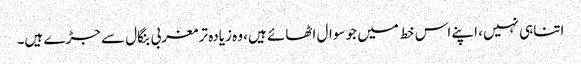
اتناہی نہیں، اپنے اس خط میں جو سوال اٹھائے ہیں، وہ زیادہ تر مغربی بنگال سے جڑے ہیں۔